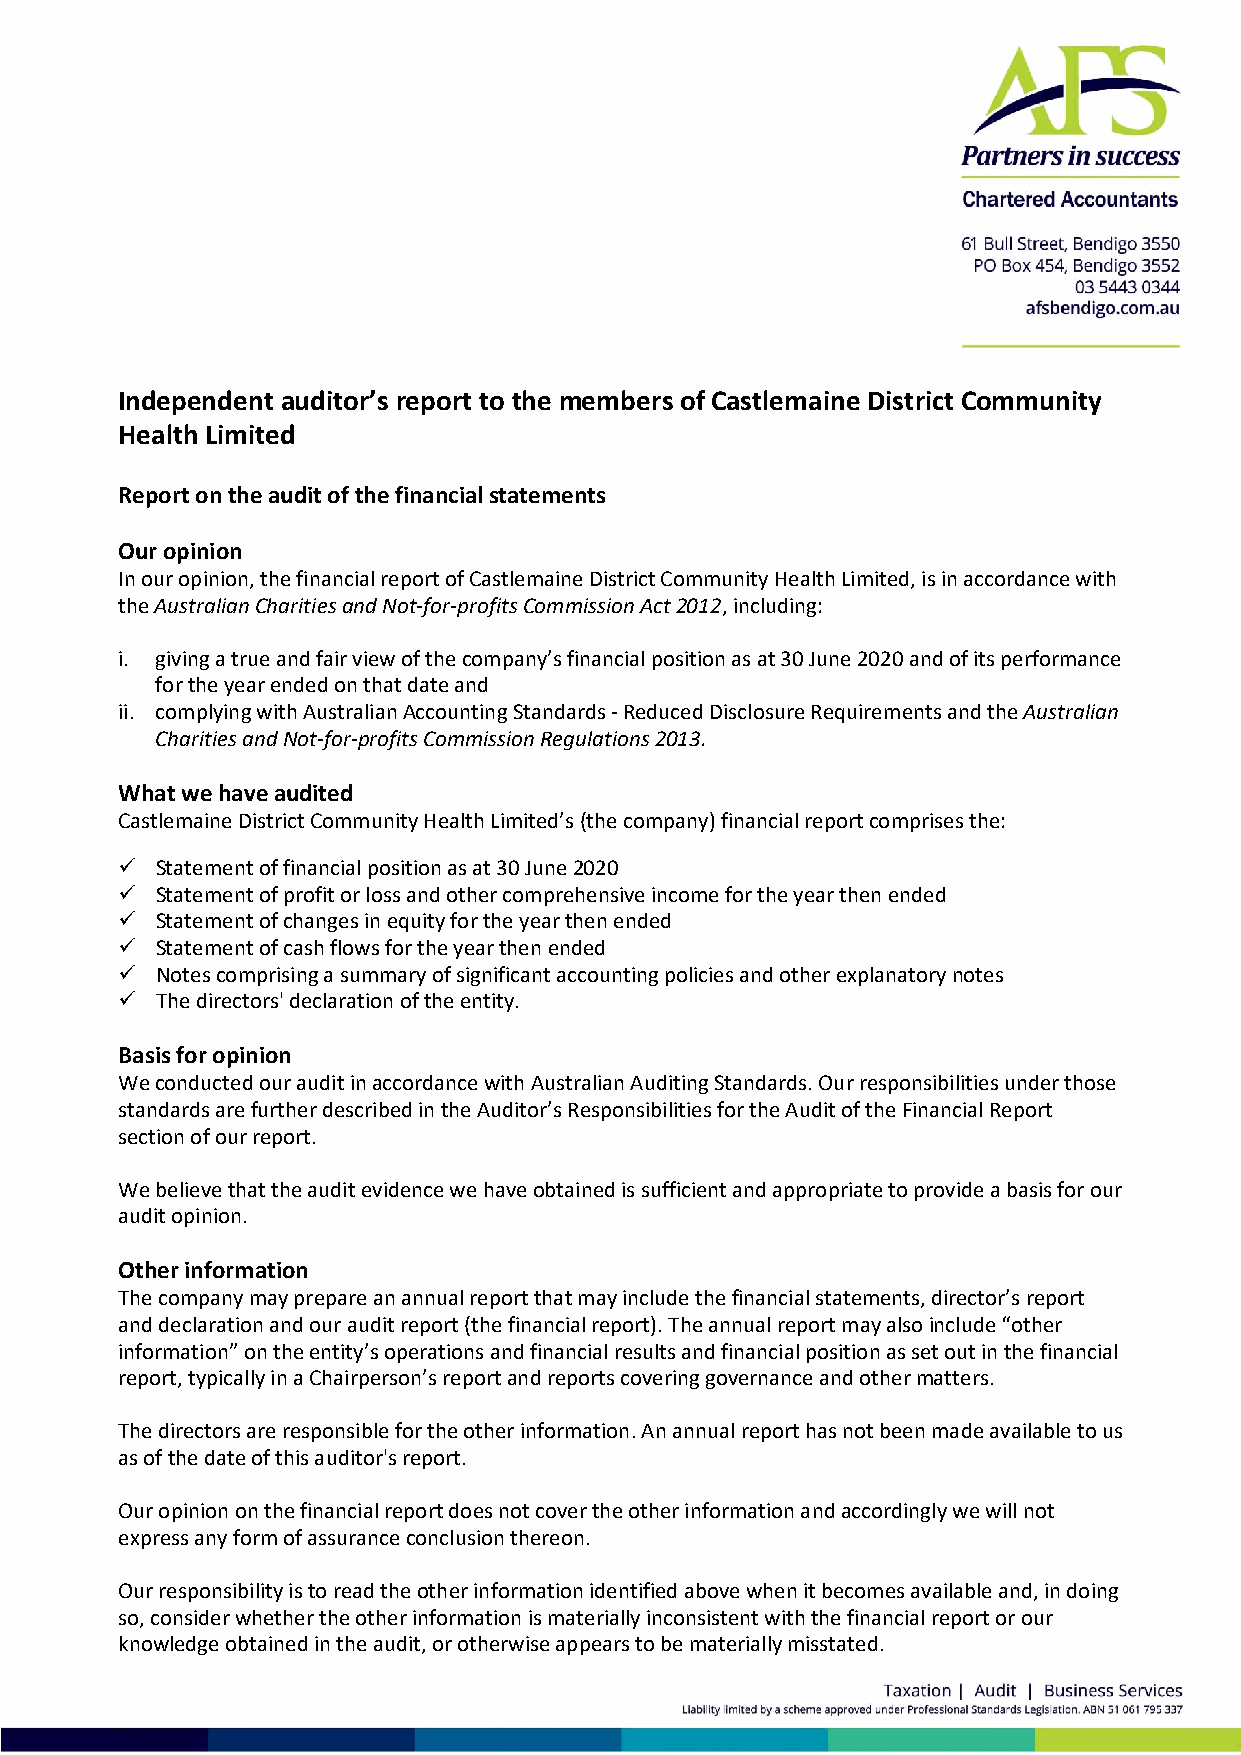
Independent auditor’s report to the members of Castlemaine District Community
 Health Limited
 Report on the audit of the financial statements
 Our opinion
 In our opinion, the financial report of Castlemaine District Community Health Limited, is in accordance with
 the Australian Charities and Not‐for‐profits Commission Act 2012, including:
 i. giving a true and fair view of the company’s financial position as at 30 June 2020 and of its performance
 for the year ended on that date and
 ii. complying with Australian Accounting Standards ‐ Reduced Disclosure Requirements and the Australian
 Charities and Not‐for‐profits Commission Regulations 2013.
 What we have audited
 Castlemaine District Community Health Limited’s (the company) financial report comprises the:
  Statement of financial position as at 30 June 2020
  Statement of profit or loss and other comprehensive income for the year then ended
  Statement of changes in equity for the year then ended
  Statement of cash flows for the year then ended
  Notes comprising a summary of significant accounting policies and other explanatory notes
  The directors' declaration of the entity.
 Basis for opinion
 We conducted our audit in accordance with Australian Auditing Standards. Our responsibilities under those
 standards are further described in the Auditor’s Responsibilities for the Audit of the Financial Report
 section of our report.
 We believe that the audit evidence we have obtained is sufficient and appropriate to provide a basis for our
 audit opinion.
 Other information
 The company may prepare an annual report that may include the financial statements, director’s report
 and declaration and our audit report (the financial report). The annual report may also include “other
 information” on the entity’s operations and financial results and financial position as set out in the financial
 report, typically in a Chairperson’s report and reports covering governance and other matters.
 The directors are responsible for the other information. An annual report has not been made available to us
 as of the date of this auditor's report.
 Our opinion on the financial report does not cover the other information and accordingly we will not
 express any form of assurance conclusion thereon.
 Our responsibility is to read the other information identified above when it becomes available and, in doing
 so, consider whether the other information is materially inconsistent with the financial report or our
 knowledge obtained in the audit, or otherwise appears to be materially misstated.